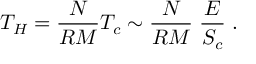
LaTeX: T _ { H } = \frac { N } { R M } T _ { c } \sim \frac { N } { R M } \; \frac { E } { S _ { c } } \; .